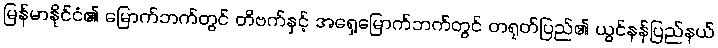
မြန်မာနိုင်ငံ၏ မြောက်ဘက်တွင် တိဗက်နှင့် အရှေ့မြောက်ဘက်တွင် တရုတ်ပြည်၏ ယွင်နန်ပြည်နယ်